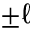
\pm \ell